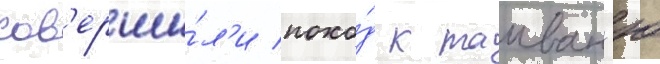
сов'ерши́л'и похо́д к таиван'ю